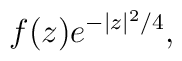
f(z)e^{-\vert z\vert^2/4},